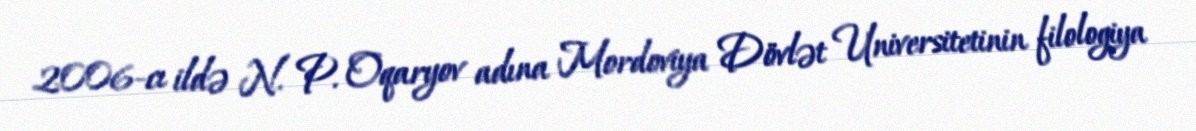
2006-cı ildə N. P. Oqaryov adına Mordoviya Dövlət Universitetinin filologiya